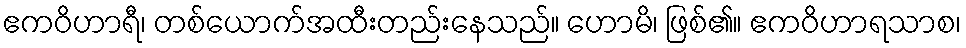
ဧကဝိဟာရီ၊ တစ်ယောက်အထီးတည်းနေသည်။ ဟောမိ၊ ဖြစ်၏။ ဧကဝိဟာရသာစ၊